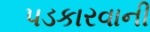
પડકારવાની